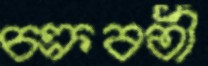
চক্রবর্তী